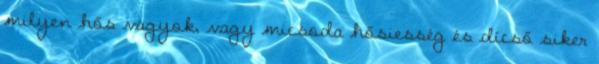
milyen hős vagyok, vagy micsoda hősiesség és dícső siker